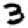
Digit: 3